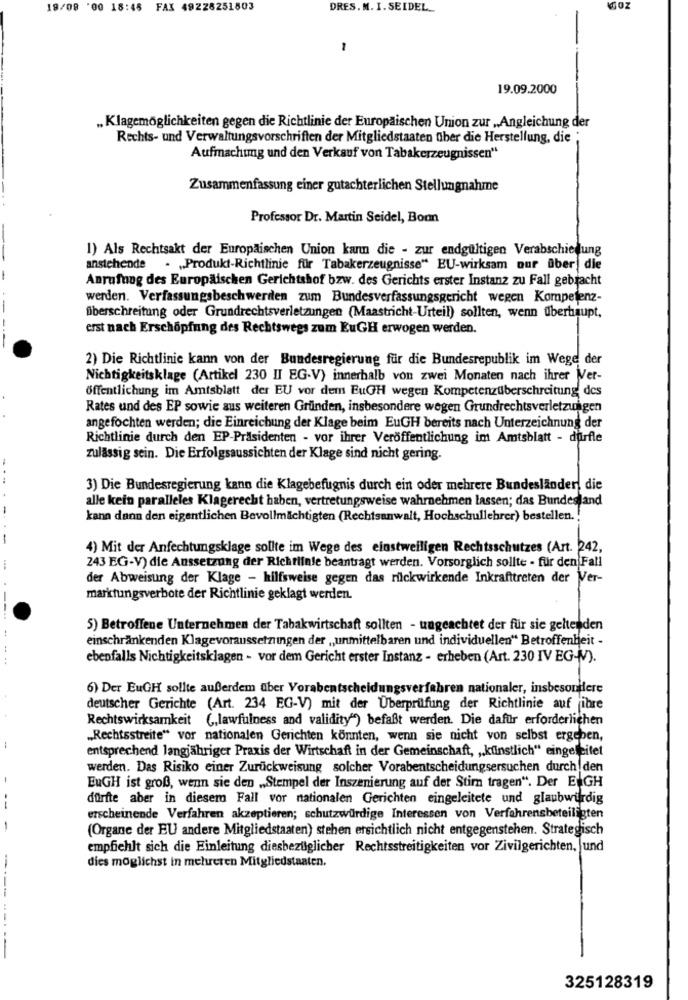
18/08 '00 18:45 FAX 49228251803
DRES. M. I. SEIDEL
1
19.09.2000
„Klagemöglichkeiten gegen die Richtlinie der Europäischen Union zur „Angleichung der
Rechts- und Verwaltungsvorschriften der Mitgliedstaaten fiber die Herstellung, die
Aufmachtmg und den Verkauf von Tabakerzeugnissen"
Zusammenfassung einer gutachterlichen Stellungnahme
Professor Dr. Martin Seidel, Bonn
1) Als Rechtsakt der Europäischen Union kann die - zur endgültigen Verabschiedung
anstehende . „Produkt-Richtlinie für Tabakerzeugnisse“ EU-wirksam our aber| die
Anrufung des Europäischen Gerichtshof bzw. des Gerichts erster Instanz zu Fall gebracht
werden. Verfassungsbeschwerden zum Bundesverfassungsgericht wegen Kompetenz-
überschreitung oder Grundrechtsverletzungen (Maastricht-Urteil) sollten, wenn überhaupt,
erst nach Erschöpfung des Rechtswegs zum EuGH erwogen werden.
2) Die Richtlinie kann von der Bundesregierung für die Bundesrepublik im Wege der
Nichtigkeitsklage (Artikel 230 II EG-V) innerhalb von zwei Monaten nach ihrer Ver-
Öffentlichung im Amtsblatt der EU vor dem EuGH wegen Kompetenzüberschreitung des
Rates und des EP sowie aus weiteren Gründen, insbesondere wegen Grundrechtsverletzungen
angefochten werden; die Einreichung der Klage beim EuGH bereits nach Unterzeichnung der
Richtlinie durch den EP-Präsidenten - vor ihrer Veröffentlichung im Amtsblatt - dürfle
zulässig sein. Die Erfolgsaussichten der Klage sind nicht gering.
---
3) Die Bundesregierung kann die Klagebefugnis durch ein oder mehrere Bundesländer, die
alle kein paralleles Klagerecht haben, vertretungsweise wahrnehmen lassen; das Bundesland
kann dann den eigentlichen Bevollmächtigten (Rechtsanwalt, Hochschullehrer) bestellen. !
4) Mit der Anfechtungsklage sollte im Wege des einstweiligen Rechtsschutzes (Art. 242,
243 EG-V) die Aussetzung der Richtlinie beantragt werden. Vorsorglich sollte - für den Fall
der Abweisung der Klage - hilfsweise gegen das rilckwirkende Inkrafttreten der Ver-
marktungsverbote der Richtlinie geklagt werden.
----
:
5) Betroffene Unternehmen der Tabakwirtschaft sollten - ungeachtet der für sie geltenden
einschränkenden Klagevoraussetzungen der „unmittelbaren und individuellen“ Betroffenheit -
ebenfalls Nichtigkeitsklagen - vor dem Gericht erster Instanz - erheben (Art. 230 IV EG-(V).
6) Der EuGH sollte außerdem über Vorabentscheidungsverfahren nationaler, insbesonifere
deutscher Gerichte (Art. 234 EG-V) mit der Überprüfung der Richtlinie auf ihre
Rechtswirksamkeit (,lawfulness and validity") befaßt werden. Die dafür erforderlichen
„Rechtsstreite“ vor nationalen Gerichten könnten, wenn sie nicht von selbst ergeben,
-
entsprechend langjähriger Praxis der Wirtschaft in der Gemeinschaft, ,, kuinstlich" eingeleitet
werden. Das Risiko einer Zurückweisung solcher Vorabentscheidungsersuchen durch den
EuGH ist groß, wenn sie den „,Stempel der Inszenierung auf der Stim tragen". Der ENGH
--
dürfte aber in diesem Fall vor nationalen Gerichten eingeleitete und glaubwürdig
erscheinende Verfahren akzeptieren; schutzwürdige Interessen von Verfahrensbeteiligten
(Organe der EU andere Mitgliedstaaten) stehen ersichtlich nicht entgegenstehen. Strategisch
empfiehlt sich die Einleitung diesbezüglicher Rechtsstreitigkeiten vor Zivilgerichten, und
dies möglichst in mehreren Mitgliedstaaten.
--------
325128319